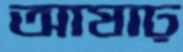
আষাঢ়